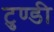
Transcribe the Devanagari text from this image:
टुण्डी